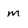
Character: m